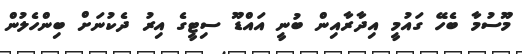
މޫސުމާ ބެހޭ ގައުމީ އިދާރާއިން ބުނީ އައްޑޫ ސިޓީގެ އިރު ދެކުނަށް ބިންހެލުން